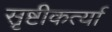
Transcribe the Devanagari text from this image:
सृष्टीकर्त्या